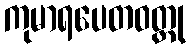
ကုမာရပေတဝတ္ထု